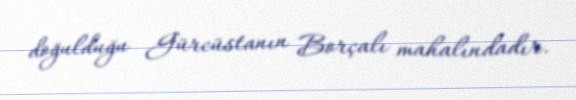
doğulduğu Gürcüstanın Borçalı mahalındadır.